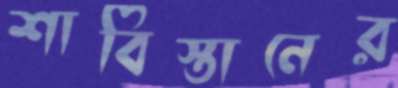
শাবিস্তানের